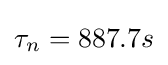
\tau _{n}=887.7s